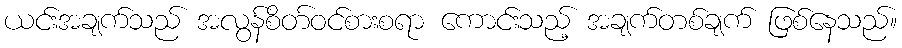
ယင်းအချက်သည် အလွန်စိတ်ဝင်စားစရာ ကောင်းသည့် အချက်တစ်ချက် ဖြစ်နေသည်။